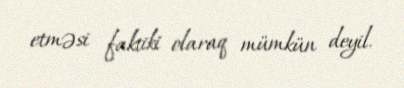
etməsi faktiki olaraq mümkün deyil.